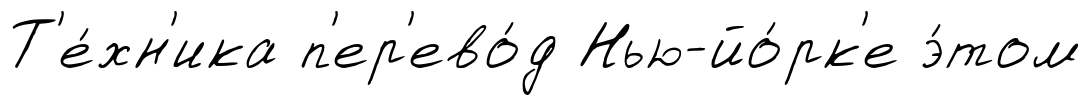
Т'е́хн'ика п'ер'ево́д Нью-йо́рк'е э́том